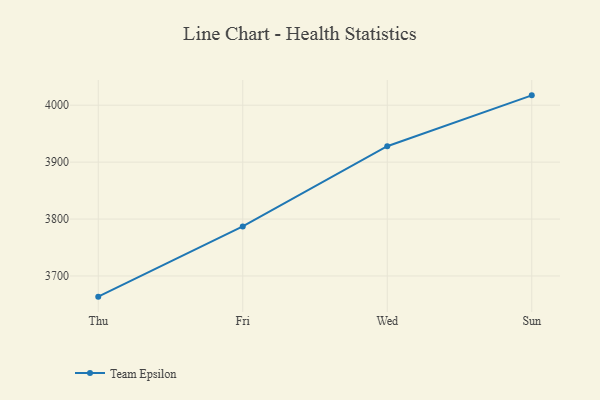
{"axis": {"x": "Day", "y": "LTV (USD)"}, "legend": ["Team Epsilon"], "data": [{"x": "Thu", "y": 3663.7, "type": "Team Epsilon"}, {"x": "Fri", "y": 3787.0, "type": "Team Epsilon"}, {"x": "Wed", "y": 3928.0, "type": "Team Epsilon"}, {"x": "Sun", "y": 4017.3, "type": "Team Epsilon"}]}